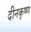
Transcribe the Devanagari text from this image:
दीनकृष्ण